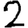
Digit: 2